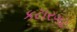
કટારગઢ